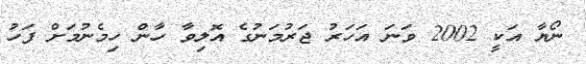
ނޯޔާ އަކީ 2002 ވަނަ އަހަރު ޖަރުމަނުގެ އޮލިވާ ހާން ހިމެނުމަށް ފަހު